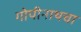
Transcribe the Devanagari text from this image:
गोपीनाथचा